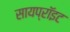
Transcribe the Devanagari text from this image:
सायप्रॉइट